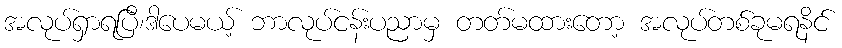
အလုပ်ရှာရပြီ၊ဒါပေမယ့် ဘာလုပ်ငန်းပညာမှ တတ်မထားတော့ အလုပ်တစ်ခုမရနိင်